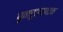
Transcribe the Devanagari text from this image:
पुनरुत्‍पादक